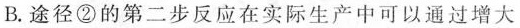
B. 途径②的第二步反应在实际生产中可以通过增大